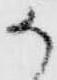
か